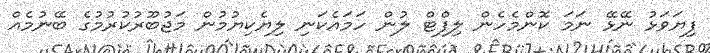
ފިޔަވަޅު ނޭޅޭ ނަމަ ކޮންމެހެން ލިފްޓް ލުން ހަމައެކަނި ލިޔެކިޔުމުން މަޖުބޫރުކުރުމުގެ ބޭނުމެއް